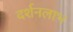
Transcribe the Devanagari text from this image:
दर्शनलाभ